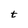
Character: t